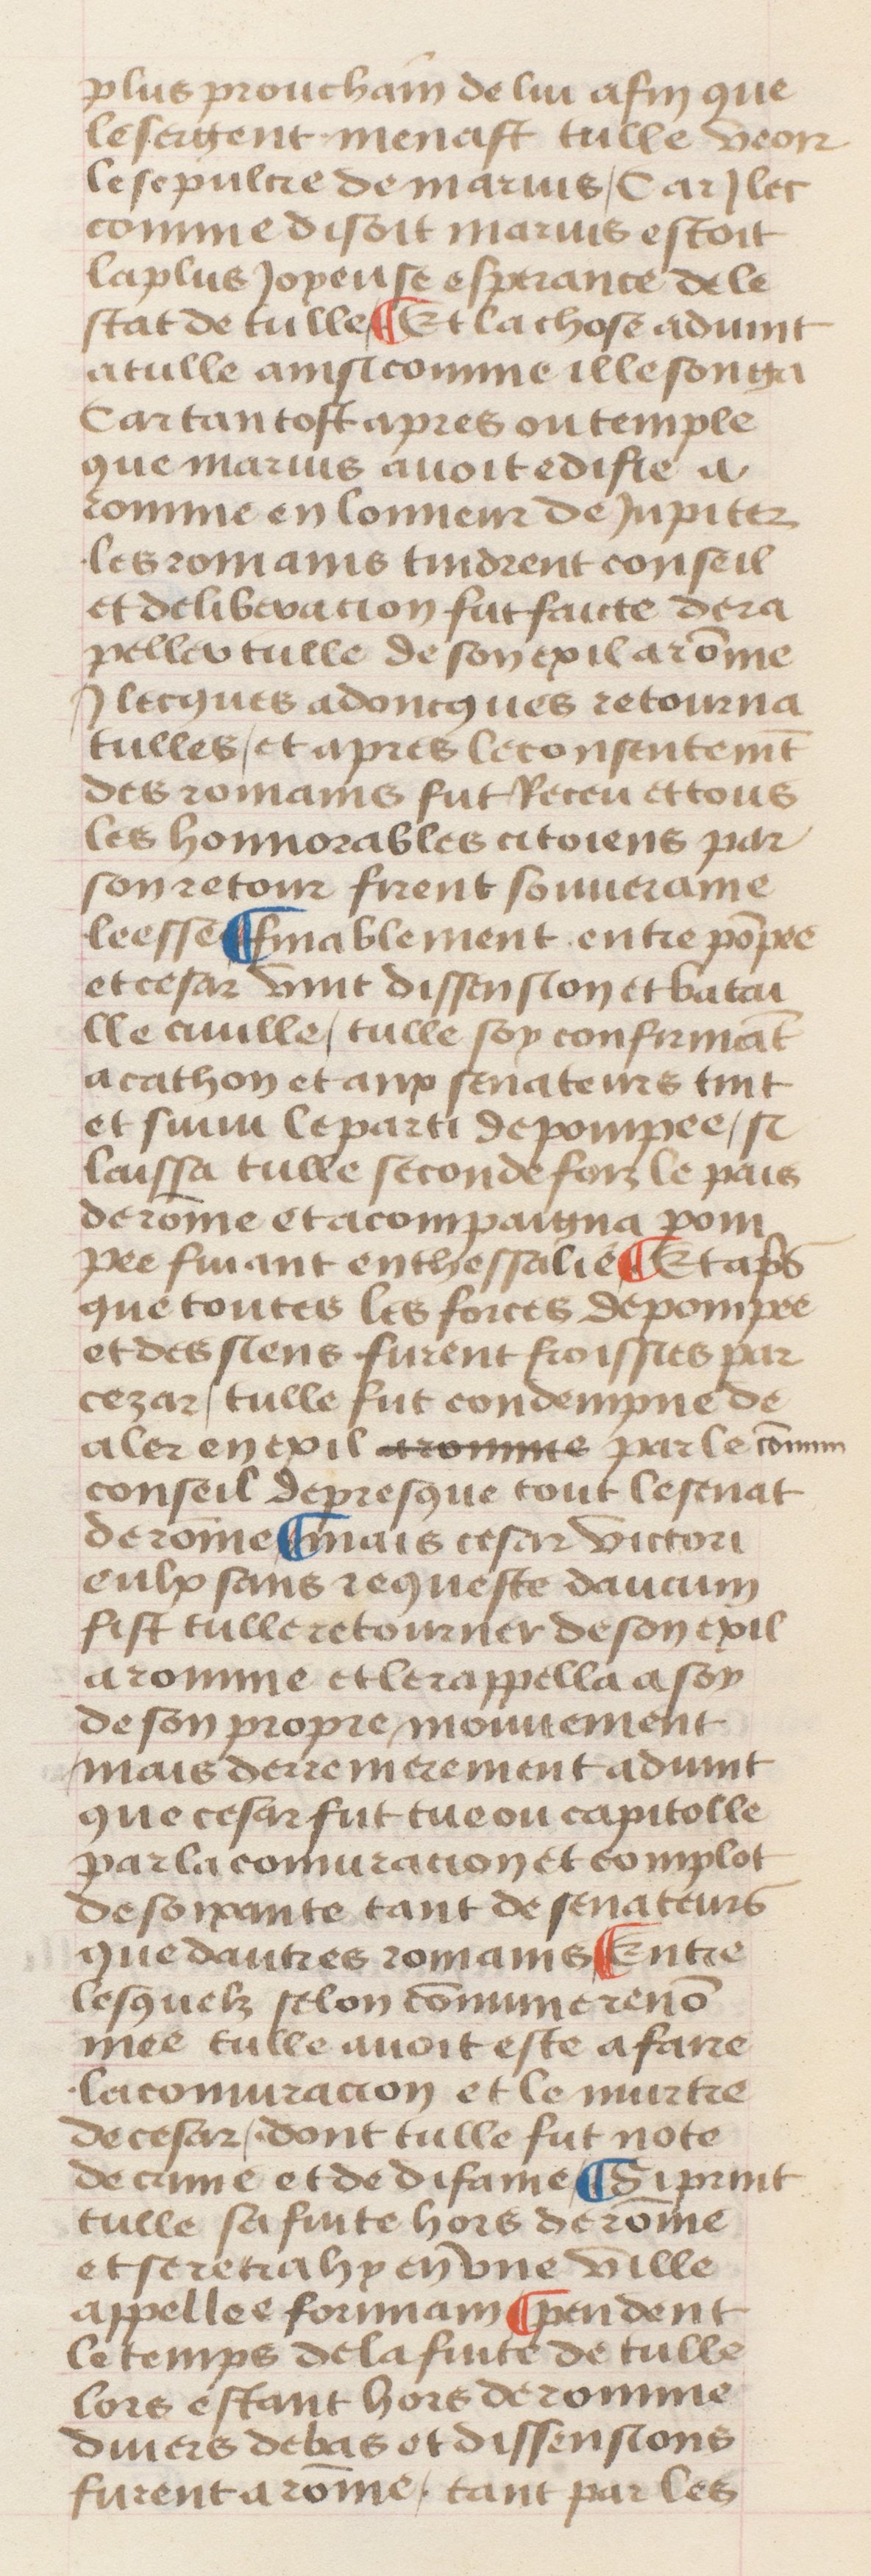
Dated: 1400–1499